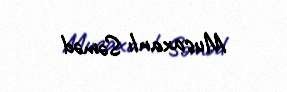
Musaxanlı Səməd